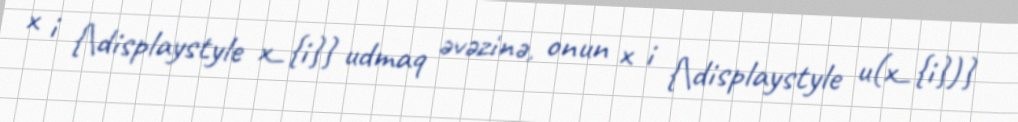
x i {\displaystyle x_{i}} udmaq əvəzinə, onun x i {\displaystyle u(x_{i})}